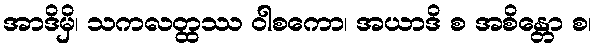
အာဒိမှိ၊ သကလတ္ထဿ ဝါစကော၊ အယာဒိ စ အစိန္တော စ၊